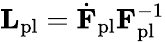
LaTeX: \mathbf{L}_{\mathrm{pl}}=\dot{\mathbf{F}}_{\mathrm{pl}}\mathbf{F}_{\mathrm{pl}}^{-1}